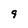
Character: 9